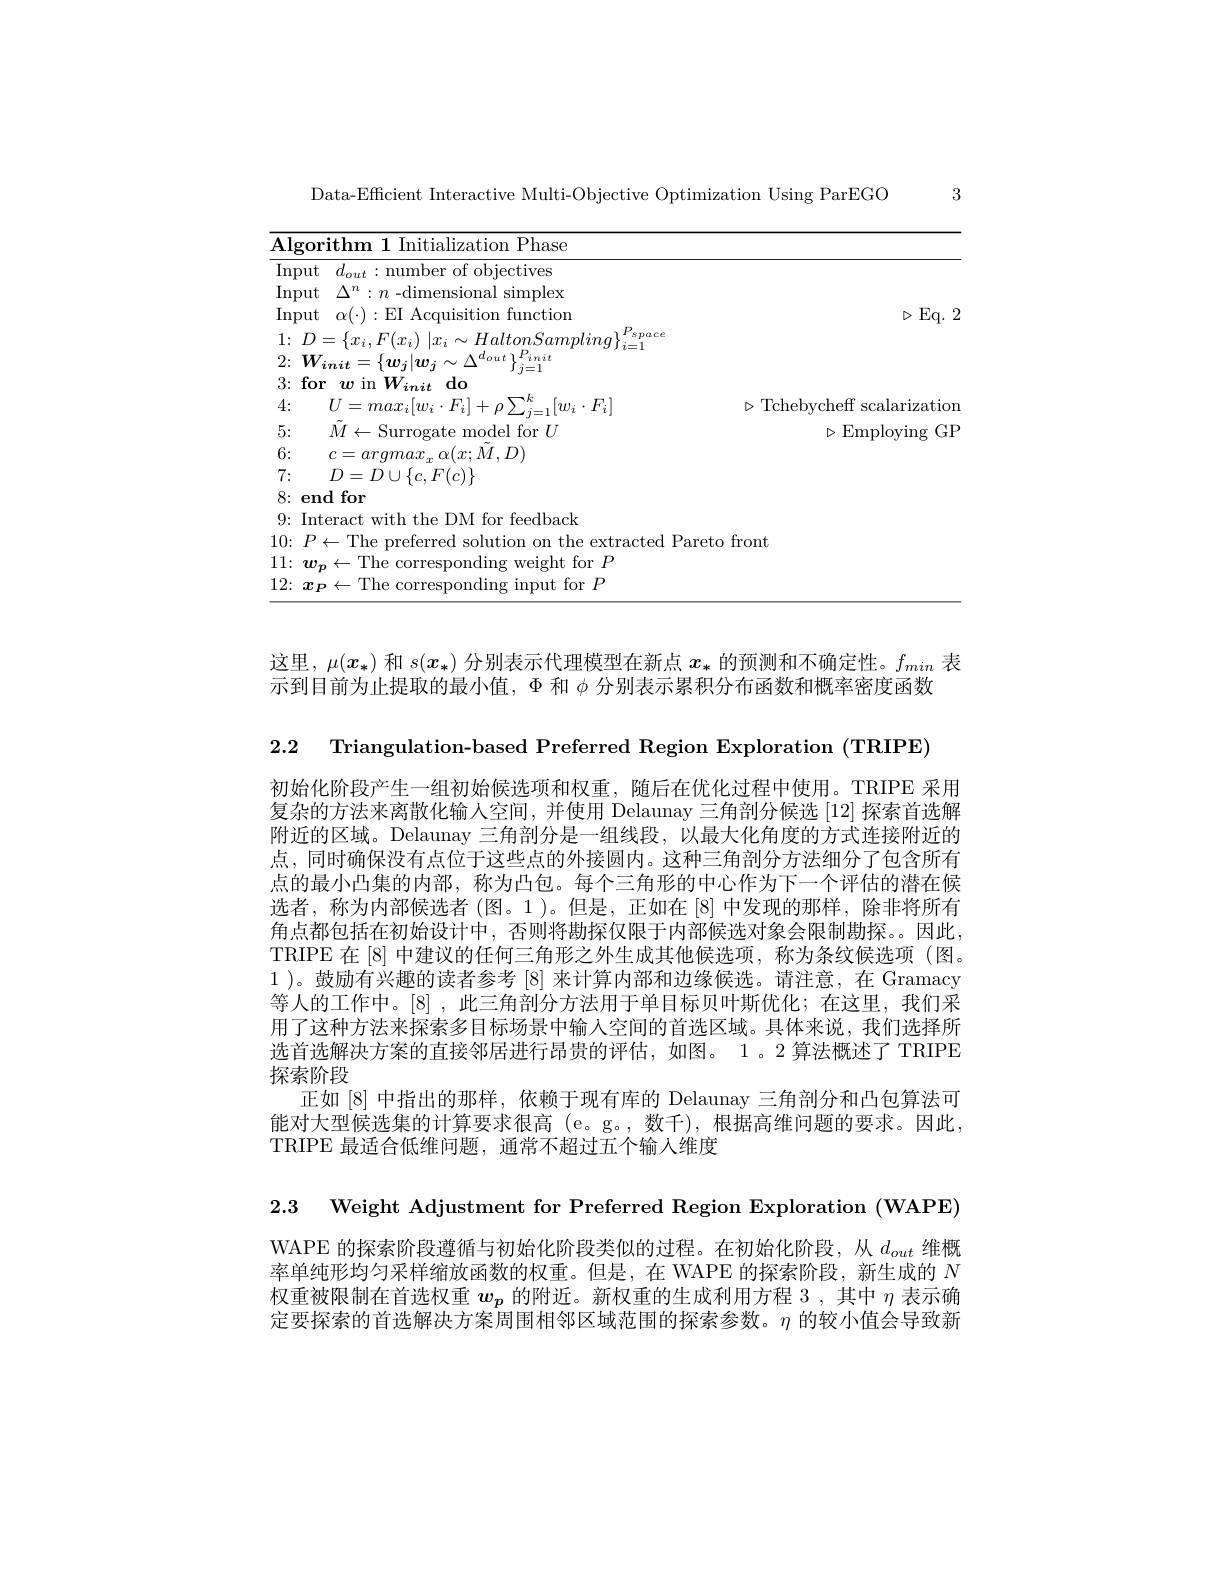
3

Data-Efficient Interactive Multi-Objective Optimization Using ParEGO

<table>
	<tbody>
		<tr>
			<td>$\mathbf{Algorith}$</td>
			<td> </td>
		</tr>
		<tr>
			<td>Input $d_{o}$</td>
			<td> </td>
		</tr>
		<tr>
			<td>Input $\Delta$</td>
			<td> </td>
		</tr>
		<tr>
			<td>Input $\alpha$</td>
			<td>$D.$ $Eq.2$</td>
		</tr>
		<tr>
			<td>1: $D$ =</td>
			<td> </td>
		</tr>
		<tr>
			<td>$U$ 4:</td>
			<td>Tchebycheffscalarization</td>
		</tr>
		<tr>
			<td>$M$ 5:</td>
			<td>$\operatorname{Employing}$ $GP$</td>
		</tr>
		<tr>
			<td>6: $C$</td>
			<td> </td>
		</tr>
		<tr>
			<td>7: $D$</td>
			<td> </td>
		</tr>
		<tr>
			<td>fc 8: end</td>
			<td> </td>
		</tr>
		<tr>
			<td>Interac 9:</td>
			<td> </td>
		</tr>
		<tr>
			<td>$P$ 10: $\leftarrow$</td>
			<td> </td>
		</tr>
		<tr>
			<td>11: $w_{p}$ $\leftarrow$</td>
			<td> </td>
		</tr>
		<tr>
			<td>12: $x_{P}$ 4 -</td>
			<td> </td>
		</tr>
	</tbody>
</table>

这里，$\mu(x_*)$和$s(x_*)$分别表示代理模型在新点$x_*$的预测和不确定性。$f_min$表
示到目前为止提取的最小值，$\Phi$和$\phi$分别表示累积分布函数和概率密度函数

2.2 Triangulation-based Preferred Region Exploration (TRIPE)
初始化阶段产生一组初始候选项和权重，随后在优化过程中使用。TRIPE 采用复杂的方法来离散化输人空间，并使用 Delaunay 三角剖分候选 [12] 探索首选解附近的区域。Delaunay 三角剖分是一组线段，以最大化角度的方式连接附近的点，同时确保没有点位于这些点的外接圆内。这种三角剖分方法细分了包含所有点的最小凸集的内部，称为凸包。每个三角形的中心作为下一个评估的潜在候选者，称为内部候选者(图。1)。但是，正如在[8]中发现的那样，除非将所有角点都包括在初始设计中，否则将勘探仅限于内部候选对象会限制勘探。因此， TRIPE 在 [8] 中建议的任何三角形之外生成其他候选项，称为条纹候选项 (图。1 )。鼓励有兴趣的读者参考[8]来计算内部和边缘候选。请注意，在 Gramacy 等人的工作中。[8],此三角剖分方法用于单目标贝叶斯优化；在这里，我们采用了这种方法来探索多目标场景中输入空间的首选区域。具体来说，我们选择所选首选解决方案的直接邻居进行昂贵的评估，如图。1 。2 算法概述了 TRIPE 探索阶段
正如[8]中指出的那样，依赖于现有库的 Delaunay 三角剖分和凸包算法可能对大型候选集的计算要求很高 (e。g。,数千),根据高维问题的要求。因此， TRIPE 最适合低维问题，通常不超过五个输入维度
2.3 Weight Adjustment for Preferred Region Exploration (WAPE) WAPE 的探索阶段遵循与初始化阶段类似的过程。在初始化阶段，从$d_{out}$ 维概

率单纯形均匀采样缩放函数的权重。但是，在 WAPE 的探索阶段，新生成的$N$ 权重被限制在首选权重$w_{p}$的附近。新权重的生成利用方程 3 ,其中$\eta$表示确定要探索的首选解决方案周围相邻区域范围的探索参数。$\eta$的较小值会导致新